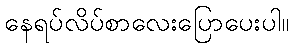
နေရပ်လိပ်စာလေးပြောပေးပါ။